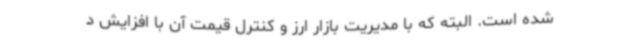
شده است. البته که با مدیریت بازار ارز و کنترل قیمت آن با افزایش د